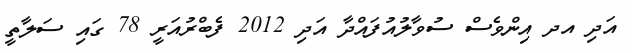
އަދި އދ އިންވެސް ސުވާލުއުފައްދާ އަދި 2012 ފެބްރުއަރީ 78 ގައި ސަލާތީ